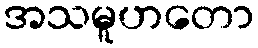
အသမူဟတော